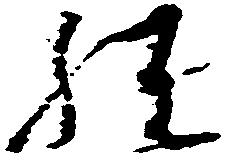
経